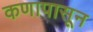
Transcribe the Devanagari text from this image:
कणापासून